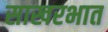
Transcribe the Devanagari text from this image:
साखरभात